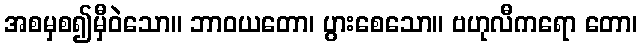
အစမှစ၍မှီဝဲသော။ ဘာဝယတော၊ ပွားစေသော။ ဗဟုလီကရော တော၊